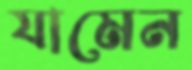
যামেন